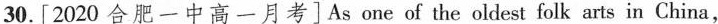
30.[ 2020 合 肥 一 中 高 一 月 考 ] As one of the oldest folk arts in China,